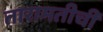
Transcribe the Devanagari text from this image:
तारामतीची